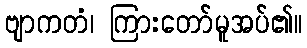
ဗျာကတံ၊ ကြားတော်မူအပ်၏။